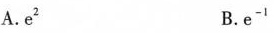
A.e^{2} B.e^{-1}